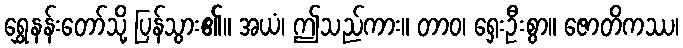
ရွှေနန်းတော်သို့ ပြန်သွား၏။ အယံ၊ ဤသည်ကား။ တာဝ၊ ရှေးဦးစွာ။ ဇောတိကဿ၊